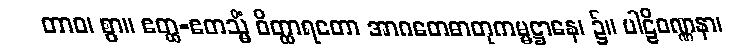
တာဝ၊ စွာ။ ဧတ္ထ-ဧတသ္မိံ ဝိတ္ထာရတော အာဂတေဓာတုကမ္မဋ္ဌာနေ၊ ၌။ ပါဠိဝဏ္ဏနာ၊